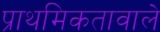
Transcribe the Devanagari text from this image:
प्राथमिकतावाले